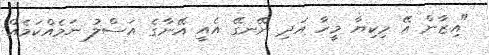
"އިޒާން އޭ މިކިޔާ މީހާ އަދި ނޭނގޭ އެއީ އޭނާގެ އަސްލު ނަމެއްކަމެއް